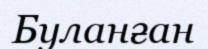
Буланған